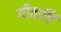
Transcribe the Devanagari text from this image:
गीताचि